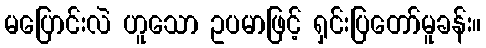
မပြောင်းလဲ ဟူသော ဥပမာဖြင့် ရှင်းပြတော်မူခန်း။